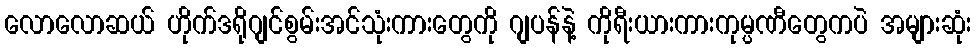
လောလောဆယ် ဟိုက်ဒရိုဂျင်စွမ်းအင်သုံးကားတွေကို ဂျပန်နဲ့ ကိုရီးယားကားကုမ္ပဏီတွေကပဲ အများဆုံး